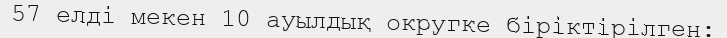
57 елді мекен 10 ауылдық округке біріктірілген: